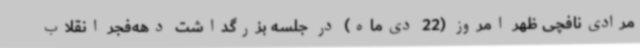
مرادی‌نافچی ظهر امروز (22 دی‌ماه) در جلسه بزرگداشت دهه‌فجر انقلاب